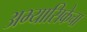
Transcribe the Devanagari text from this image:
अभ्यासिकेचा